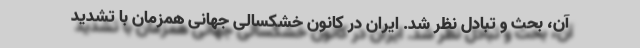
آن، بحث و تبادل نظر شد. ایران در کانون خشکسالی جهانی همزمان با تشدید